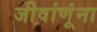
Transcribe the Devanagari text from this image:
जीवांणूंना